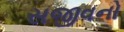
સજીવનો